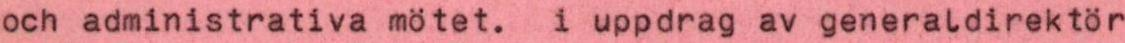
och administrativa mötet. i uppdrag av generaldirektör